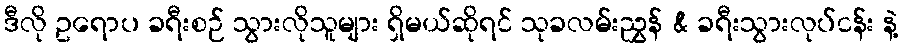
ဒီလို ဥရောပ ခရီးစဉ် သွားလိုသူများ ရှိမယ်ဆိုရင် သုခလမ်းညွှန် & ခရီးသွားလုပ်ငန်း နဲ့